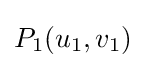
P_{1}(u_{1},v_{1})